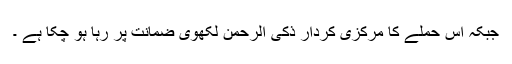
جبکہ اس حملے کا مرکزی کردار ذکی الرحمن لکھوی ضمانت پر رہا ہو چکا ہے ۔